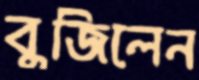
বুজিলেন